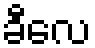
ခီလေ